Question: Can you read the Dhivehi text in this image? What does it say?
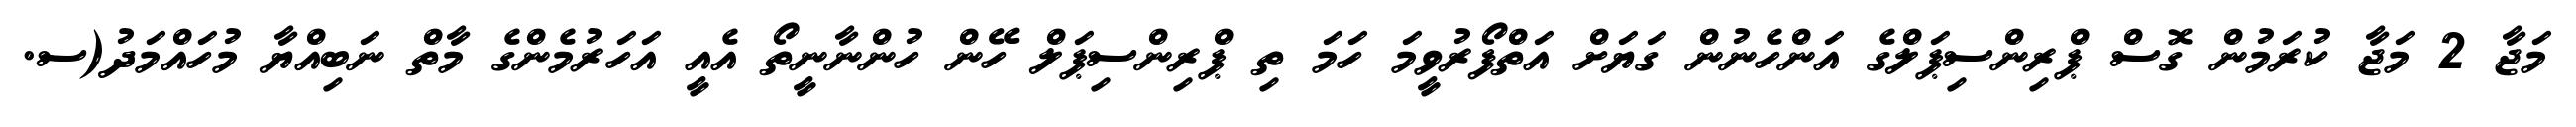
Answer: މަޖާ 2 މަޖާ ކުރަމުން ގޮސް ޕްރިންސިޕަލްގެ އަންހެނުން ގަޔަށް އަތްފޯރުވީމަ ހަމަ ތި ޕްރިންސިޕަލް ހޭން ހުންނާނީތޯ އެއީ އަހަރުމެންގެ މާތް ނަބިއްޔާ މުހައްމަދު(ސ.